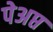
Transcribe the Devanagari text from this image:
पेअप्त